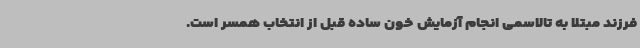
فرزند مبتلا به تالاسمی انجام آزمایش خون ساده قبل از انتخاب همسر است.